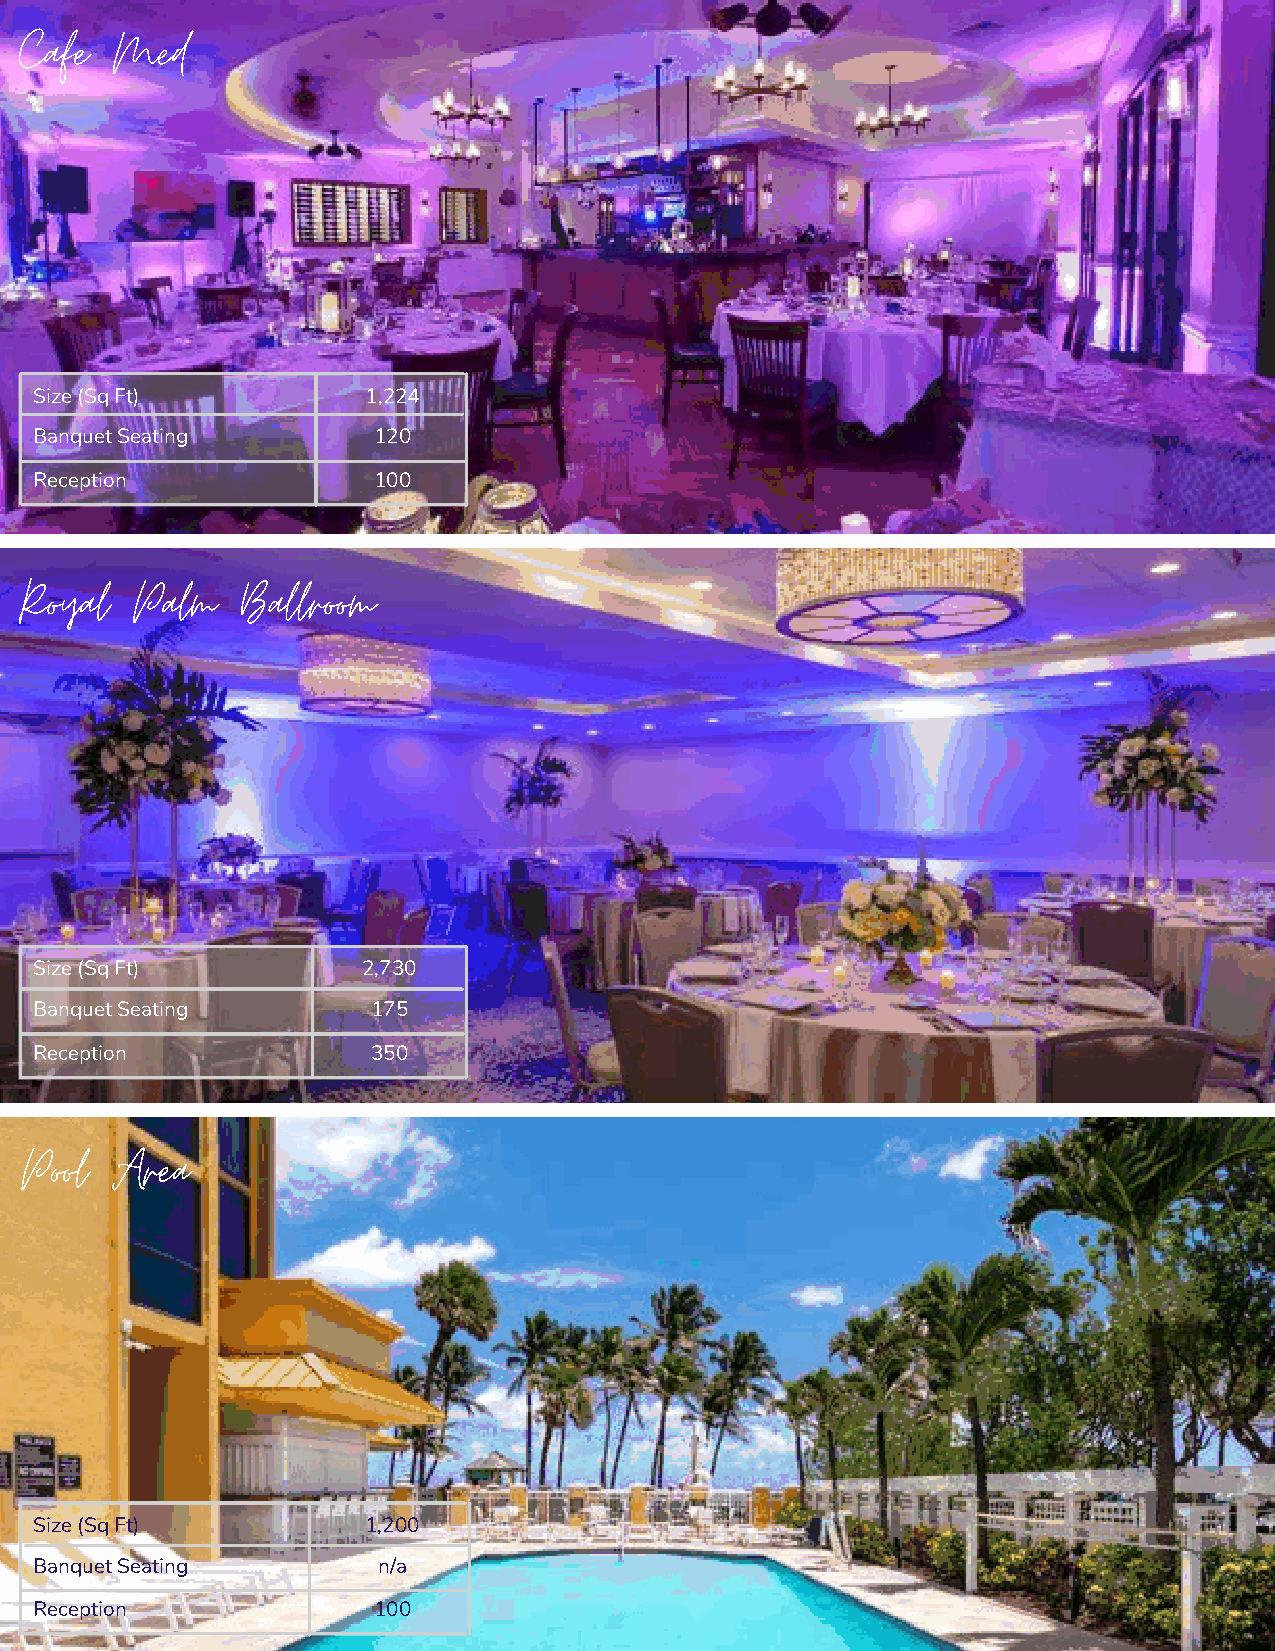
Cafe  Med
 Size (Sq Ft)          1,224
 Banquet Seating        120
 Reception              100
 Royal   Palm   Ballroom
 Size (Sq Ft)          2,730
 Banquet Seating        175
 Reception              350
 Pool  Area
 Size (Sq Ft)          1,200
 Banquet Seating        n/a
 Reception              100